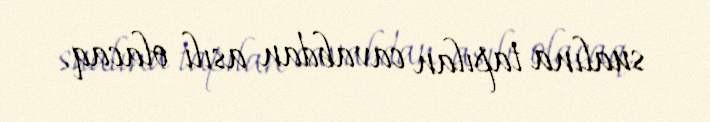
sualına tapılan cavabdan asılı olacaq.